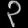
Digit: ၃